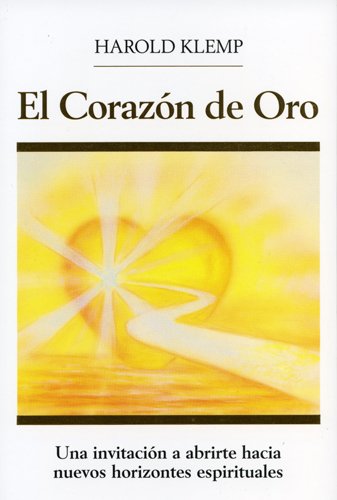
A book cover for El Corazon Dorado; Harold Klemp; Religion & Spirituality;